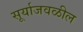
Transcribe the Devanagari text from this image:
सूर्याजवळील